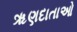
ૠણદાતાઓ